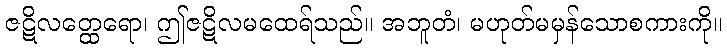
ဇဋိလတ္ထေရော၊ ဤဇဋိလမထေရ်သည်။ အဘူတံ၊ မဟုတ်မမှန်သောစကားကို။